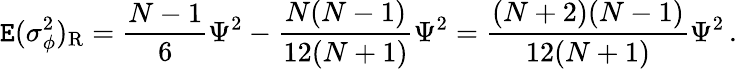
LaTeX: \mathtt{E}(\sigma_{\phi}^{2})_{\mathrm{R}}={\frac{{N-1}}{{6}}}\Psi^{2}-{\frac{{N(N-1)}}{{12(N+1)}}}\Psi^{2}={\frac{{(N+2)(N-1)}}{{12(N+1)}}}\Psi^{2}\, .